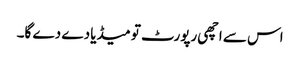
اس سے اچھی رپورٹ تو میڈیا دے دے گا۔